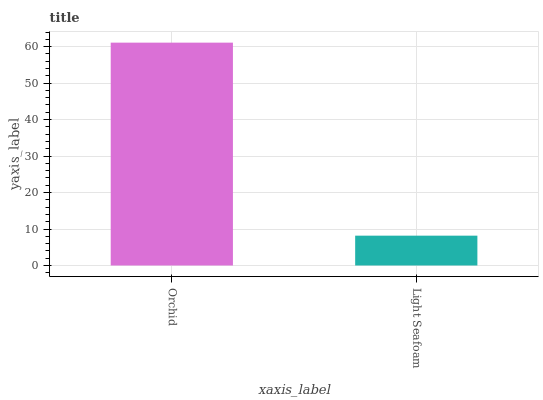
| xaxis_label | bars |
 | --- | --- |
 | Orchid | 61.1 |
 | Light Seafoam | 8.18 |